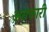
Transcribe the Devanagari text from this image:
असकारी